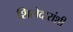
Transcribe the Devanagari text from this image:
शिलेदारांशी